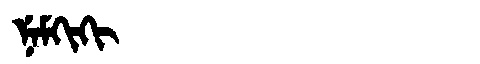
Manchu: ᠨᡝᠮᡴᡳᡴᡳ
Romanization: NEMKIKI